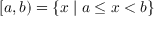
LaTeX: [ a , b ) = \{ x \mid a \leq x < b \}